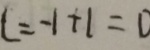
c = - 1 + 1 = 0